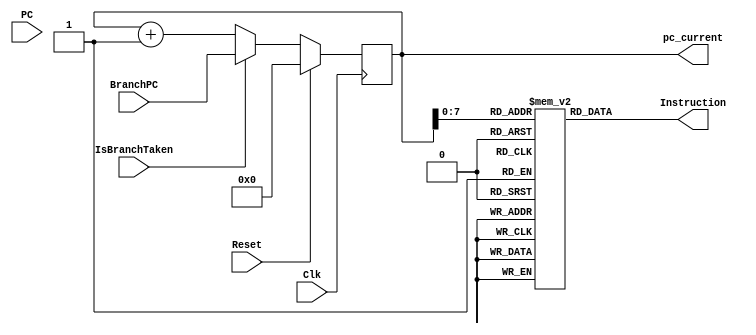
`timescale 1ns / 1ps
//////////////////////////////////////////////////////////////////////////////////
// Company: 
// Engineer: 
// 
// Design Name: 
// Module Name: Instruction_Fetch
// Project Name: 
// Target Devices: 
// Tool Versions: 
// Description: 
// 
// Dependencies: 
// 
// Revision:
// Revision 0.01 - File Created
// Additional Comments:
// 
//////////////////////////////////////////////////////////////////////////////////
module Instruction_Fetch (
    input [31:0] PC,
    input Clk,
    input Reset,
    input IsBranchTaken,
    input [31:0] BranchPC,
    output reg [31:0] pc_current,
    output [31:0] Instruction
);

reg [31:0] instruction_memory [0:255]; // Assuming 256 words of instruction memory for simplicity

// Initialize instruction memory for simulation (can be replaced with actual memory initialization)
initial begin
    // Example initialization 
    instruction_memory[0]=0;
    instruction_memory[1]  = 32'h4c400002; // mov R1,2
    instruction_memory[2]  = 32'h4c800006; // mov R2,6
    instruction_memory[3]  = 32'h0C480003; //  sub R1,R2,3
    
    // similarly instruction_memory can be initialized as per our codes

end

// Fetch instruction from instruction memory
assign Instruction = instruction_memory[pc_current]; 

// Always block to update PC on negative edge of clock or reset
always @(negedge Clk ) begin
    if (Reset) begin
        pc_current <= 32'b0; // Reset PC to 0
    end else begin
        if (IsBranchTaken)
            pc_current <= BranchPC;
        else
            pc_current <= pc_current + 1;  // Actual pc_current must be pc_current+4 (for the sake of simplicity I have taken it to be 1)
    end
end

endmodule